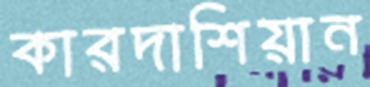
কারদাশিয়ান